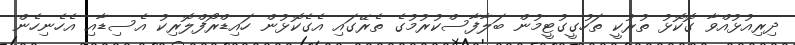
ދިރިއުޅުއްވާ ގޮކޮޅު ތުރުކީ ތަހުގީގުޓީމުން ބަލާފާސްކުރުމުގެ ތެރޭގައި އެގެކޮޅުން ހައިޑްރޯފްލޮރިކު އެސިޑާއި އެހެނިހެން